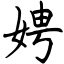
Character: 娉